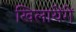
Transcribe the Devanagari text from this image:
खिलायेंगें